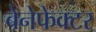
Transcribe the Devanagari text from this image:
बेनेफेक्टर